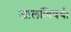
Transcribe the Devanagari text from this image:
जालांविषयी